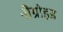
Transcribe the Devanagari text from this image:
नीग्रोइड